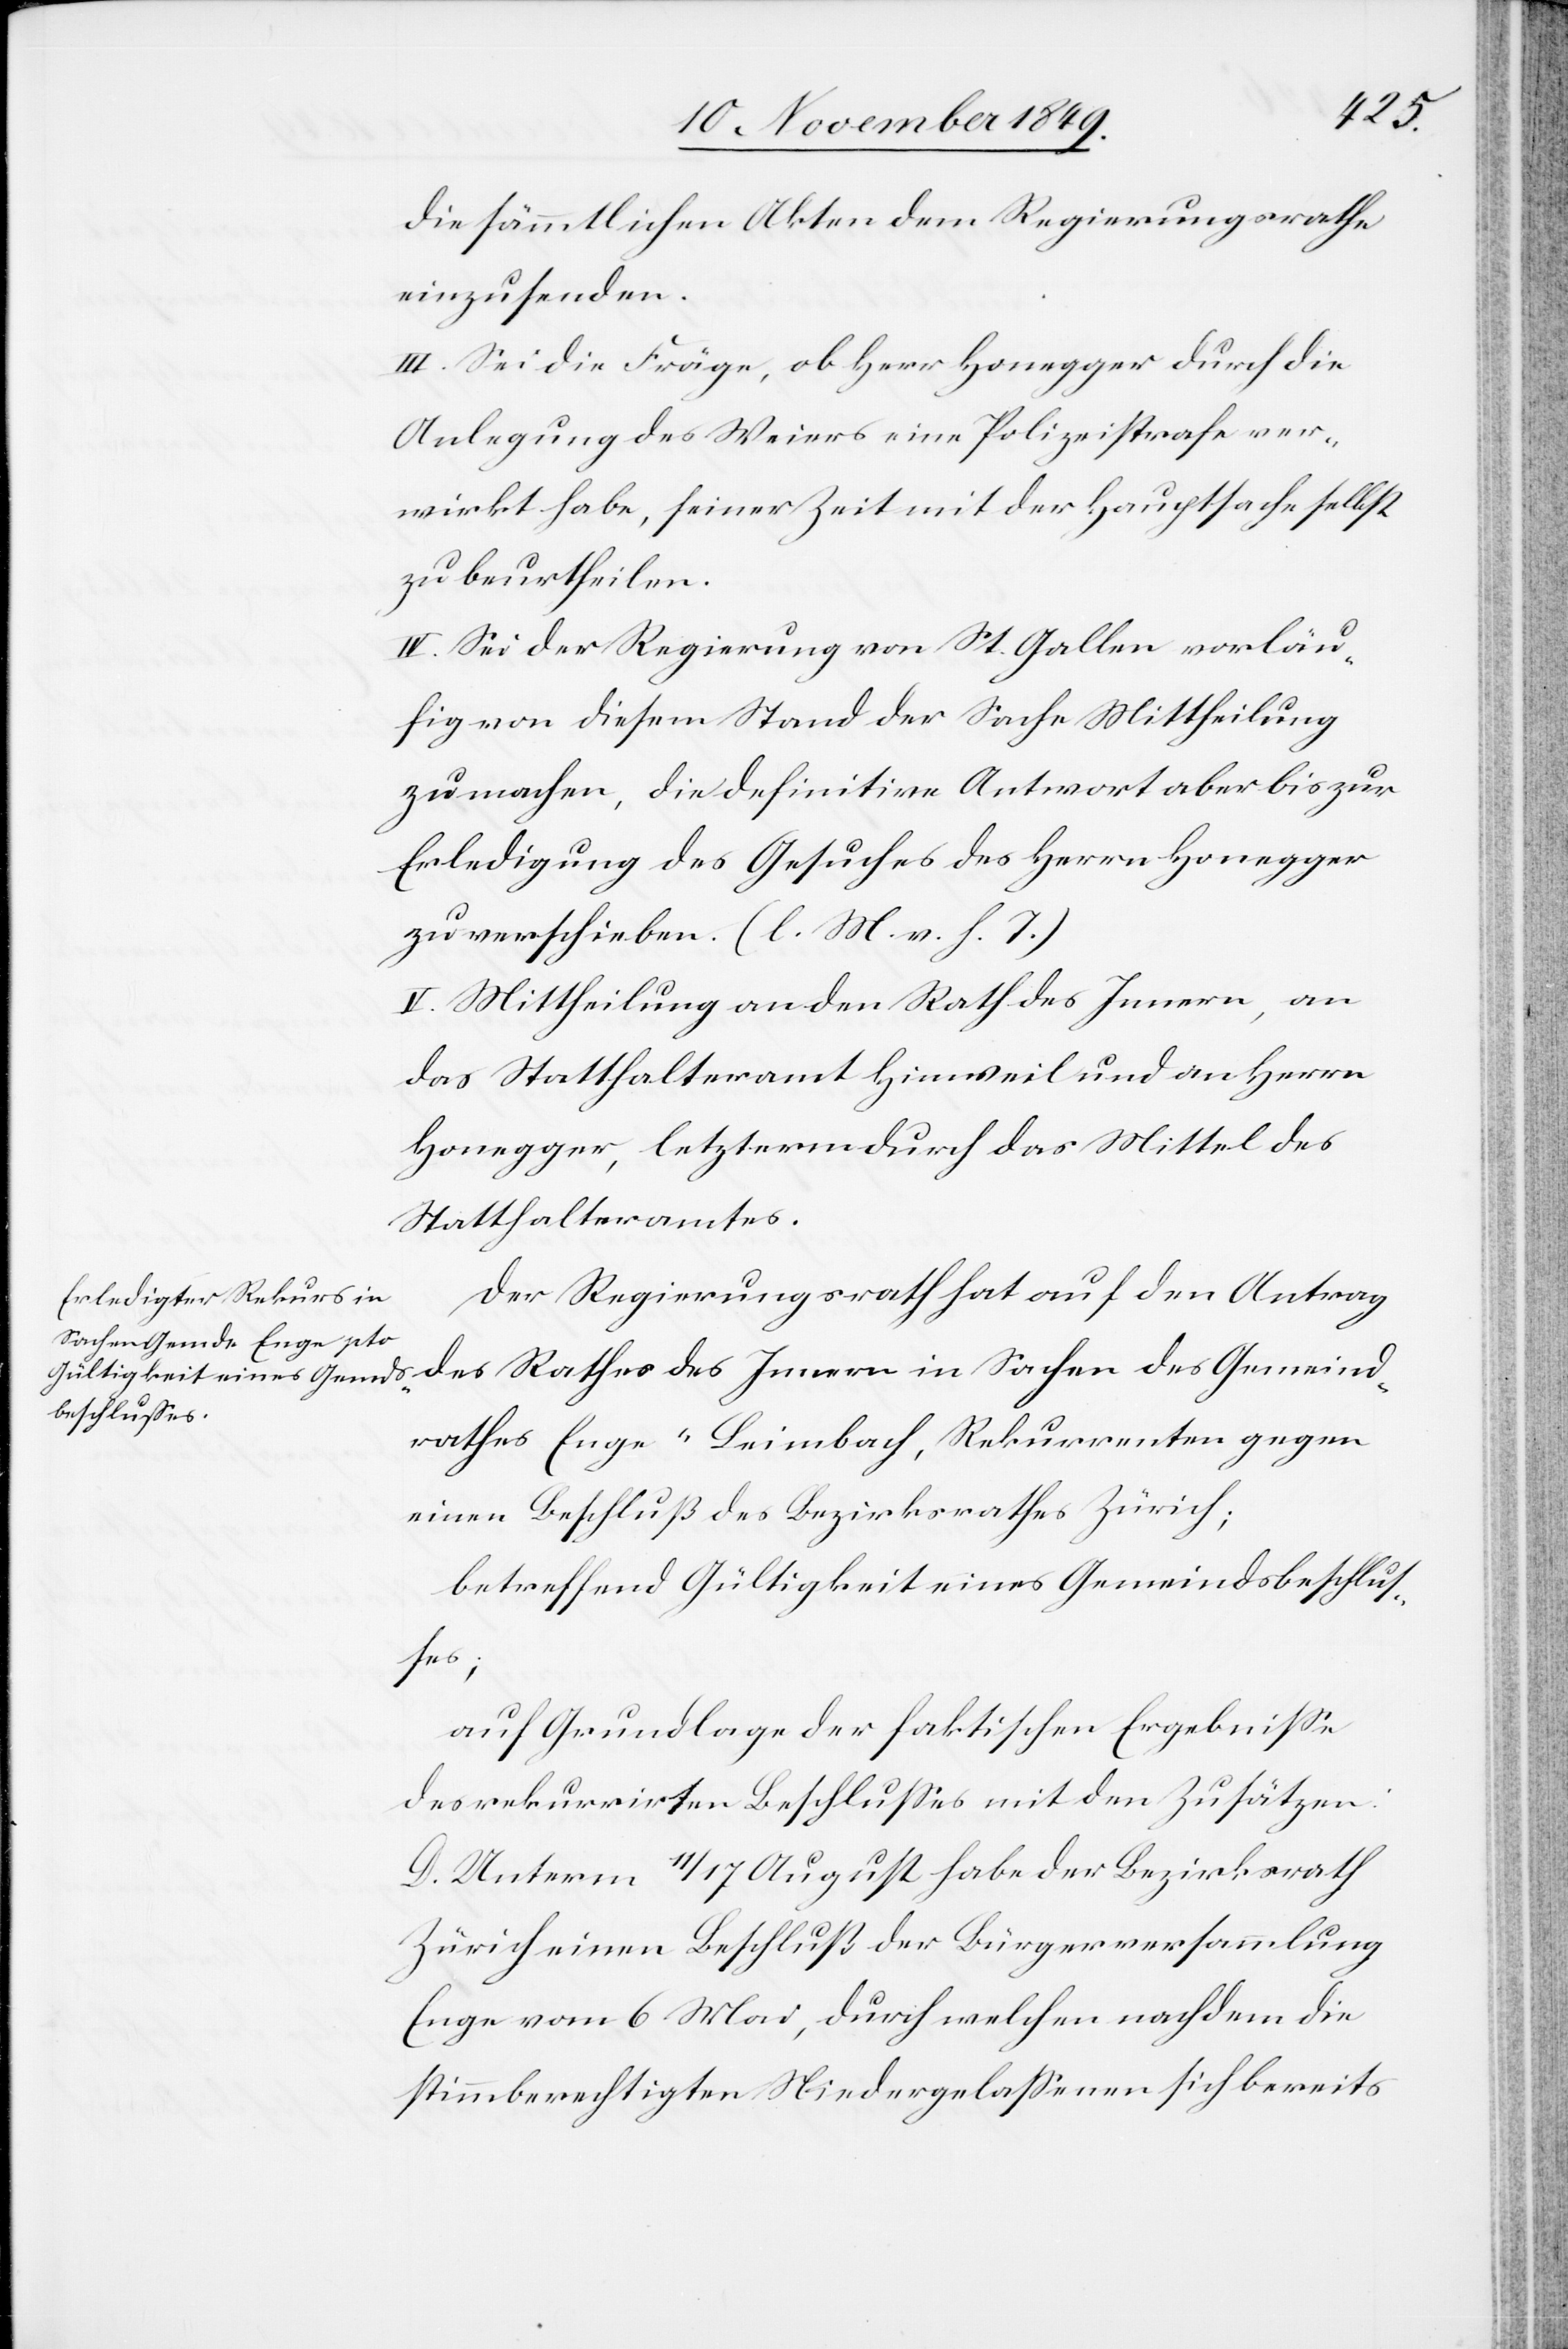
die sämmtlichen Akten dem Regierungsrathe
einzusenden.
III. Sei die Fräge [sic!], ob Herr Honegger durch die
Anlegung des Weiers eine Polizeistrafe ver¬
wirkt habe, seiner Zeit mit der Hauptsache selbst
zu beurtheilen.
IV. Sei der Regierung von St. Gallen vorläu¬
fig von diesem Stand der Sache Mittheilung
zu machen, die definitive Antwort aber bis zur
Erledigung des Gesuches des Herrn Honegger
zu verschieben. [l. M. v. h. T]
V. Mittheilung an den Rath des Innern, an
das Statthalteramt Hinweil und an Herrn
Honegger, letzterm durch das Mittel des
Statthalteramtes.
Der Regierungsrath hat auf den Antrag
des Rathes des Innern in Sachen des Gemeind¬
rathes Enge-Leimbach, Rekurrenten gegen
einen Beschluß des Bezirksrathes Zürich;
betreffend Gültigkeit eines Gemeindsbeschluß¬
es;
auf Grundlage der faktischen Ergebniße
des rekurrirten Beschlußes mit den Zusätzen:
D. Unterm 11/17 August habe der Bezirksrath
Zürich einen Beschluß der Bürgerversammlung
Enge vom 6 Mai, durch welchen nachdem die
stimmberechtigten Niedergelaßenen sich bereits